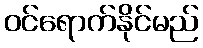
ဝင်ရောက်နိုင်မည်